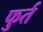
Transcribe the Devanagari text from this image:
फुर्त